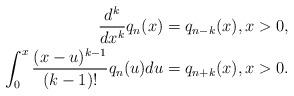
LaTeX: \begin{align*}\frac{d^k}{dx^k} q_n(x) & = q_{n-k}(x), x > 0, \\\int_0^x \frac{(x - u)^{k-1}}{(k-1)!} q_n(u) du & = q_{n+k}(x), x > 0. \end{align*}